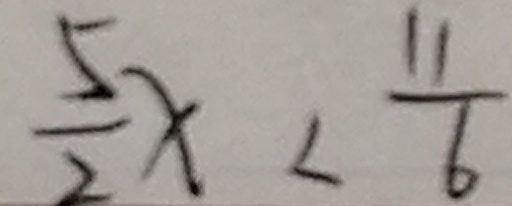
\frac { 5 } { 2 } x < \frac { 1 1 } { 6 }